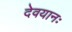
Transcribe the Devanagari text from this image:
देवयानः